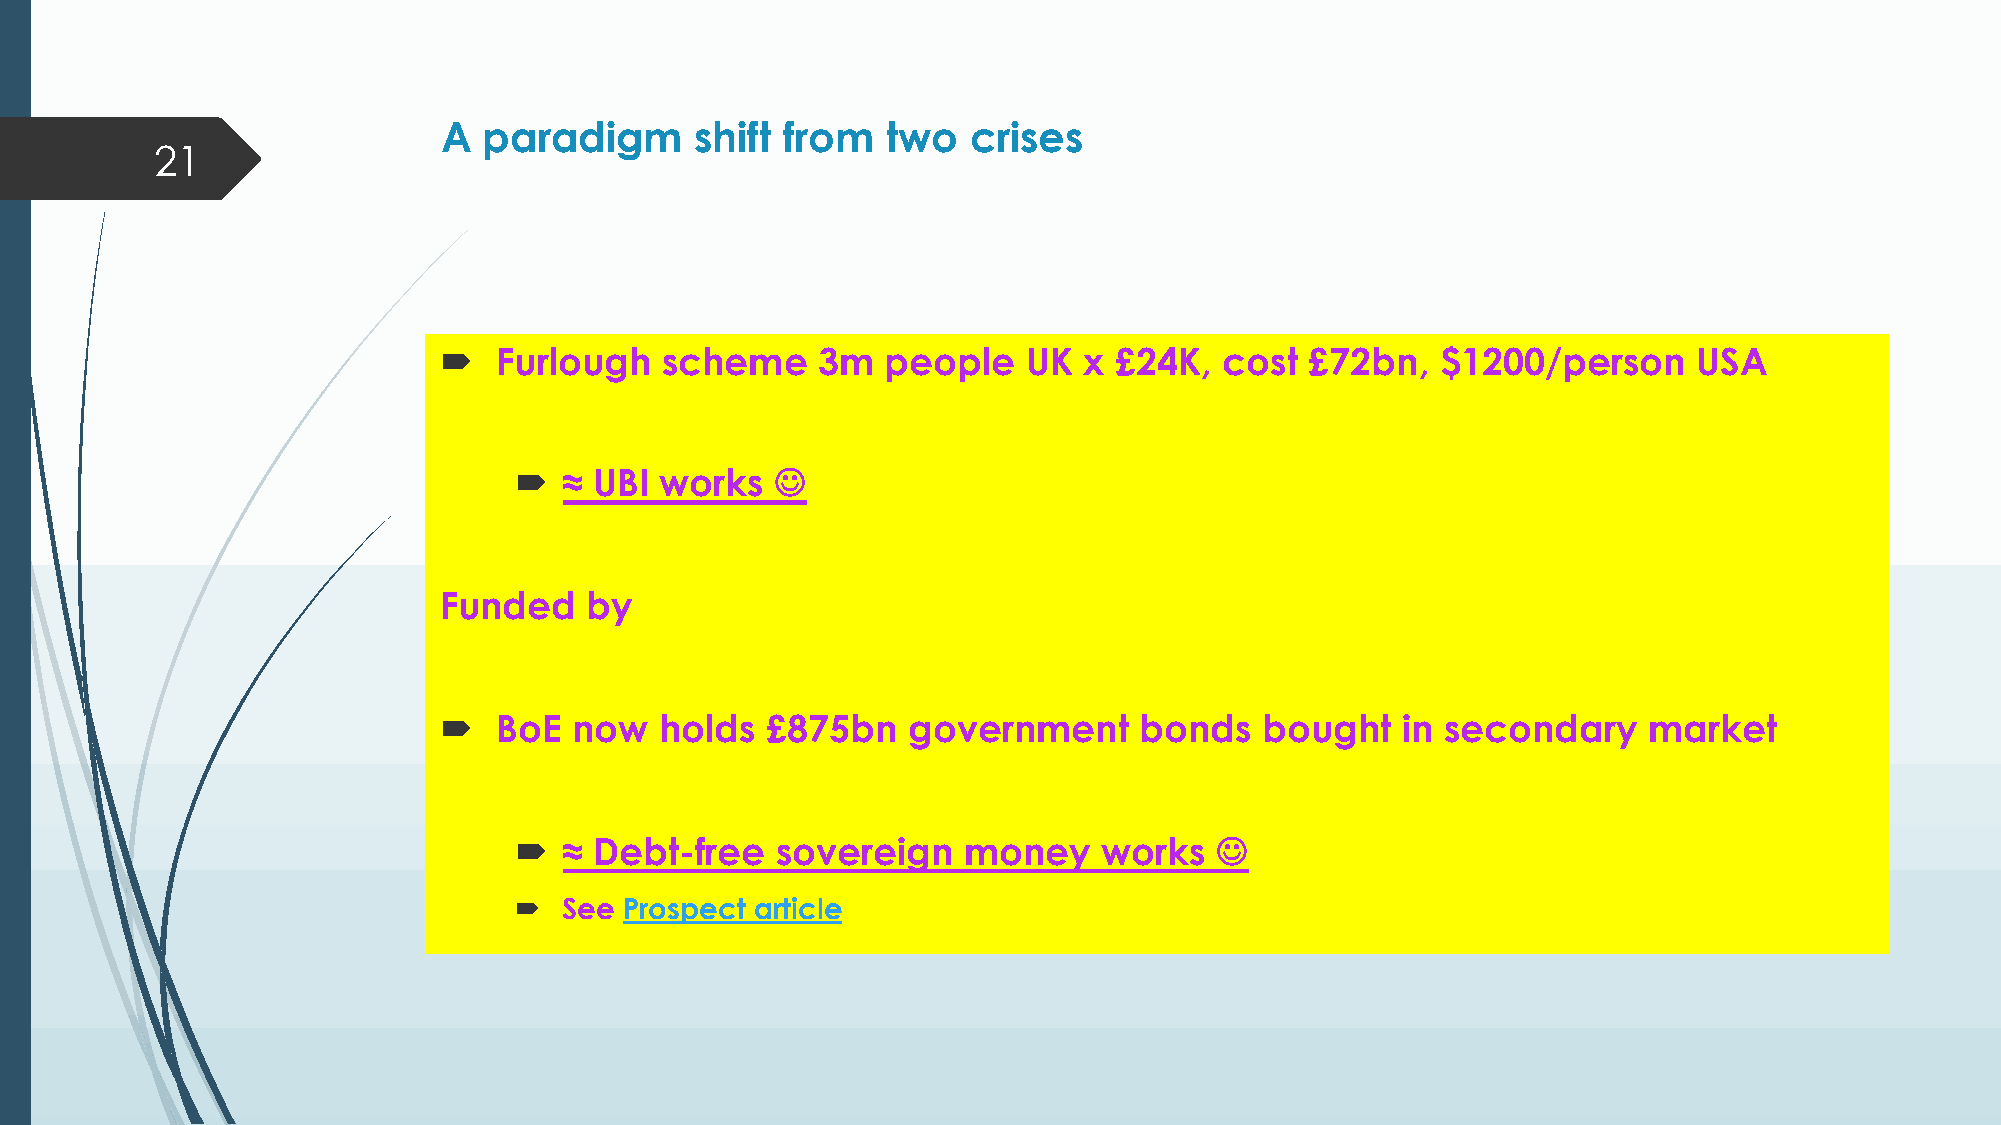
A  paradigm      shift from   two  crises
 21
 ´   Furlough   scheme    3m   people   UK  x £24K,  cost  £72bn,  $1200/person     USA
 ´  ≈ UBI  works  J
 Funded    by
 ´   BoE  now   holds  £875bn   government     bonds   bought    in secondary    market
 ´  ≈ Debt-free   sovereign    money    works  J
 ´  See Prospect article